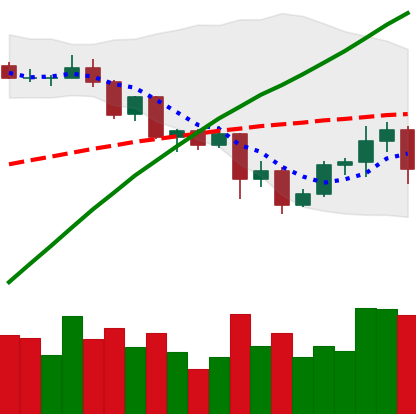
Ticker: ADA-USD
Chart end date: 2020-09-02
Forward return: -19.271%
Label: down_7plus